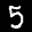
Label: 5